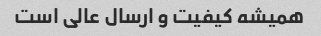
همیشه کیفیت و ارسال عالی است